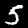
Label: 5